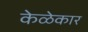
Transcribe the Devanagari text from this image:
केळेकार